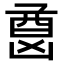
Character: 𫥦